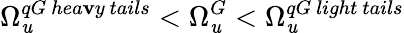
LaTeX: \Omega_{\mathit{u}}^{qG\ hea\mathbf{v}y\ tails}<\Omega_{\mathit{u}}^{G}<\Omega_{\mathit{u}}^{qG\ light\ tails}